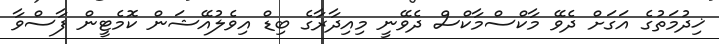
ޚިދުމަތުގެ އަގަށް ދެވޭ މާކްސްމާކްސް ދެވޭނީ މިއިދާރާގެ ބިޑް އިވެލުއޭޝަން ކޮމެޓީން ފާސްވާ